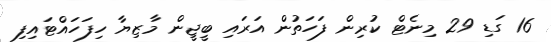
16 ގަޑި 29 މިނެޓް ކުރިން ފަހަތުން އަރައި ބީޖީން މާޒިޔާ ހިފަހައްޓައިފި